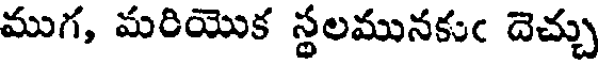
ముగ, మరియొక స్థలమునకుఁ దెచ్చు